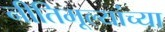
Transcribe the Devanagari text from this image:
नीतिमूल्यांच्या